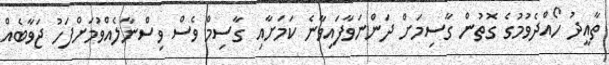
ތާއީދު ހޯއްދެވުމުގެ ގޮތުން ގާސިމަށް ދަންނަވާފައިވާނެ ކަމަށާއި ގާސިމް ވެސް ވިސްނާލެއްވުމަށްފަހު ޖަވާބެއް